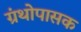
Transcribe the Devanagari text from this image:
ग्रंथोपासक